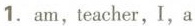
1. am, teacher, I, a